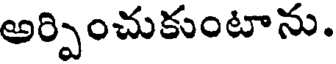
అర్పించుకుంటాను.